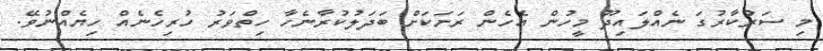
މި ސަރުކާރުގަ ނެއްލައިދޫ މީހުން އެހެން ރަށަކަށް ބަދަލުކުރާނެހާ ހިތްވަރު ހުރިހެެނެއް ހިޔެއްނުވޭ.